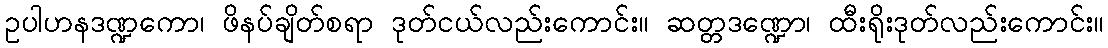
ဥပါဟနဒဏ္ဍကော၊ ဖိနပ်ချိတ်စရာ ဒုတ်ငယ်လည်းကောင်း။ ဆတ္တဒဏ္ဍော၊ ထီးရိုးဒုတ်လည်းကောင်း။